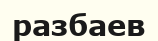
разбаев